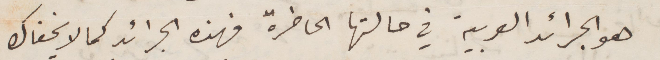
هو الجرائد العربية في حالتها الحاضرة فهذه الجرائد كما لا يخفاك